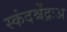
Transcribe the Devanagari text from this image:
स्कंदश्चेंद्रःअ